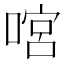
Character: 𠹒